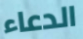
الدعاء